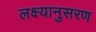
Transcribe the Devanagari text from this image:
लक्ष्यानुसरण